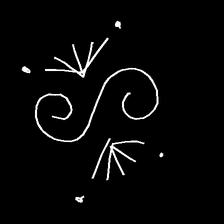
Glyph: aeroform